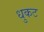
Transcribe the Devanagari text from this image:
धुकट